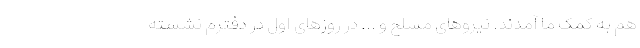
هم به کمک ما آمدند. نیروهای مسلح و ... در روزهای اول در دفترم نشسته